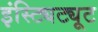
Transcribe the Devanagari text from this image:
इंस्ट्यिट्यूट